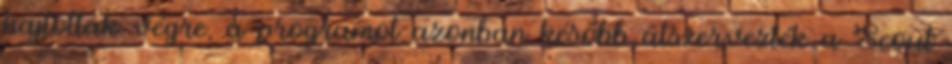
hajtották végre, a programot azonban később átszervezték a Scout